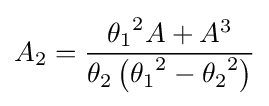
A_{2}={\frac {{\theta _{1}}^{2}A+A^{3}}{\theta _{2}\left({\theta _{1}}^{2}-{\theta _{2}}^{2}\right)}}